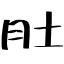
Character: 肚